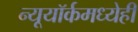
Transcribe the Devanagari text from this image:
न्यूयॉर्कमध्येही